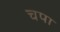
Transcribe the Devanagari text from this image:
चपा